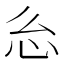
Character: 𭜍